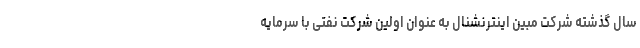
سال گذشته شرکت مبین اینترنشنال به عنوان اولین شرکت نفتی با سرمایه